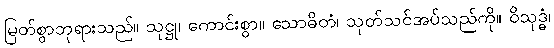
မြတ်စွာဘုရားသည်။ သုဋ္ဌု၊ ကောင်းစွာ။ သောဓိတံ၊ သုတ်သင်အပ်သည်ကို။ ဝိသုဒ္ဓံ၊